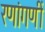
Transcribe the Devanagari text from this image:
रणांगणीं